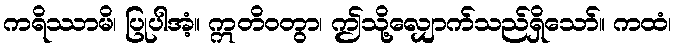
ကရိဿာမိ၊ ပြုပါအံ့။ ဣတိဝတွာ၊ ဤသို့လျှောက်သည်ရှိသော်။ ကထံ၊